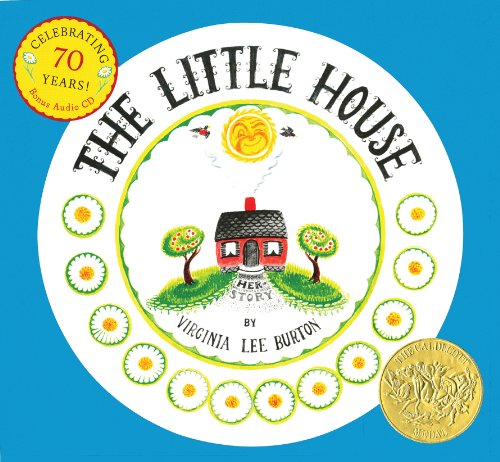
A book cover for The Little House 70th Anniversary Edition with CD; Virginia Lee Burton; Children's Books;